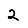
Digit: 2